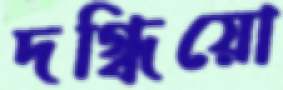
দগ্ধিয়ো